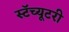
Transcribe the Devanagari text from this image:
स्टॅच्यूटरी